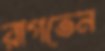
রাগতেন